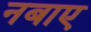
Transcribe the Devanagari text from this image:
नबाए